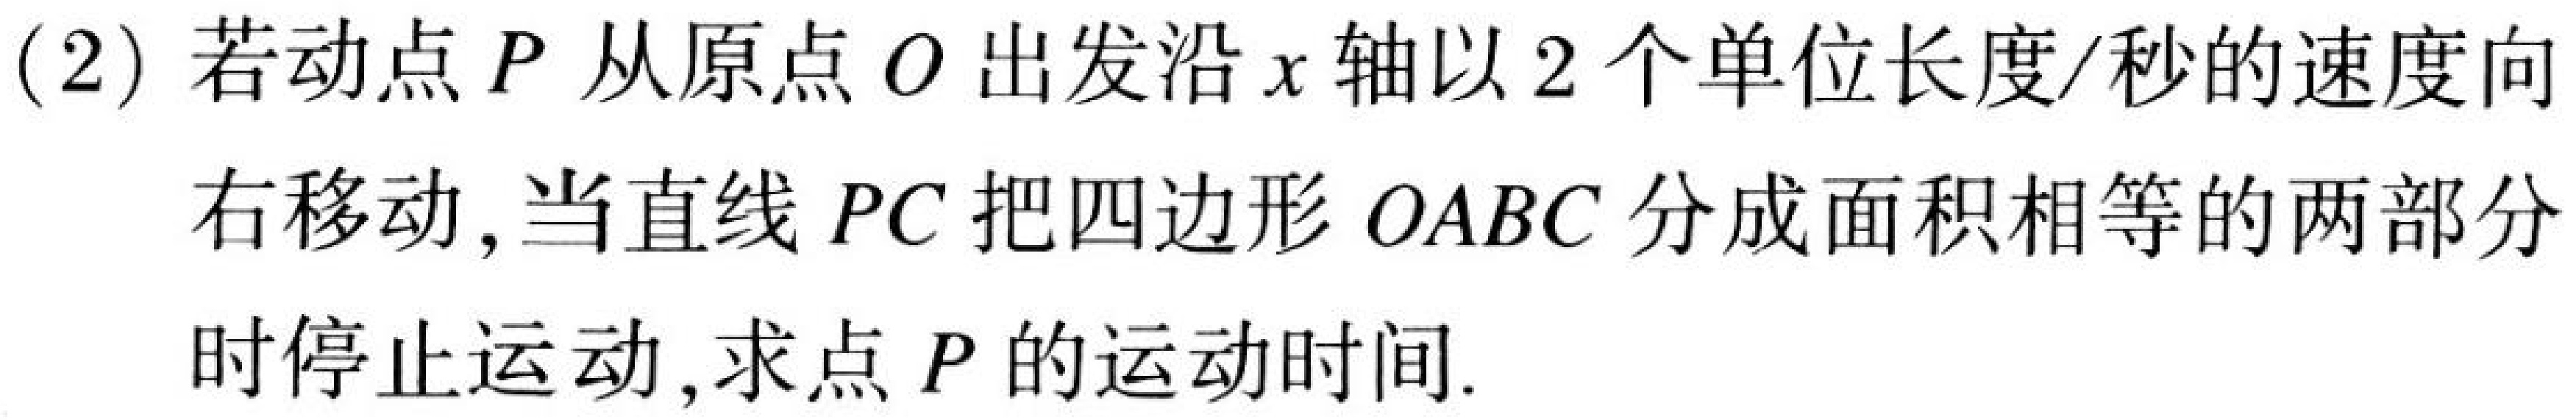
(2) 若动点$P$从原点$O$出发沿$x$轴以$2$个单位长度/秒的速度向
右移动, 当直线$PC$把四边形$OABC$分成面积相等的两部分
时停止运动, 求点$P$的运动时间.